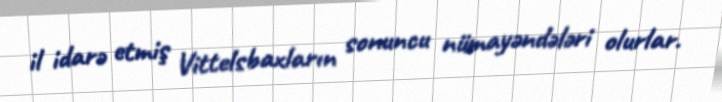
il idarə etmiş Vittelsbaxların sonuncu nümayəndələri olurlar.